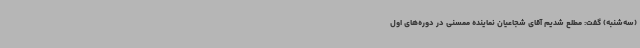
(سه‌شنبه) گفت: مطلع شدیم آقای شجاعیان نماینده ممسنی در دوره‌های اول